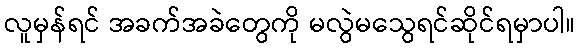
လူမှန်ရင် အခက်အခဲတွေကို မလွဲမသွေရင်ဆိုင်ရမှာပါ။